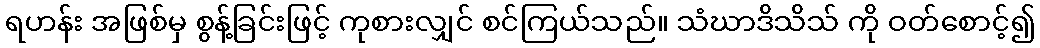
ရဟန်း အဖြစ်မှ စွန့်ခြင်းဖြင့် ကုစားလျှင် စင်ကြယ်သည်။ သံဃာဒိသိသ် ကို ဝတ်စောင့်၍